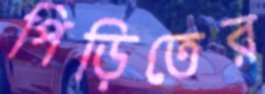
পিড়িতের